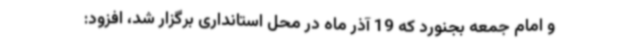
و امام جمعه بجنورد که 19 آذر ماه در محل استانداری برگزار شد، افزود: